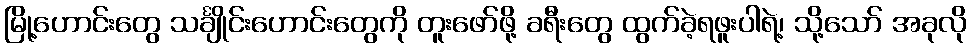
မြို့ဟောင်းတွေ သင်္ချိုင်းဟောင်းတွေကို တူးဖော်ဖို့ ခရီးတွေ ထွက်ခဲ့ရဖူးပါရဲ့၊ သို့သော် အခုလို